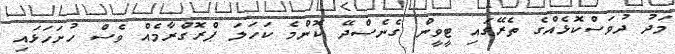
މަދު ދުވަސްކޮޅެއްގެ ތެރޭގައި ޓީވީން ގެނެސްދޭ ކޮންމެ ކަހަލަ ޕްރޮގްރާމެއް ވެސް ހުށަހަޅައި